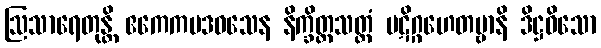
ဩသာရေတုန္တိ ဧကေကပဒဝသေန နိက္ခိတ္တသတ္ထံ ပဋိဂ္ဂဟေတဗ္ဗာနိ ဒိဋ္ဌဝိသော